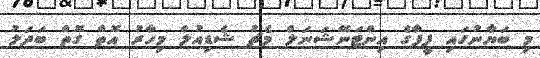
މި ބަޔާނުގައި ފީފާގެ އިންޓަނޭޝަނަލް މެޗު ޝެޑިއުލް މިހާރު އޮތް ގޮތް ބަދަލު